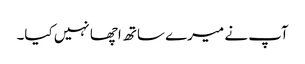
آپ نے میرے ساتھ اچھا نہیں کیا۔